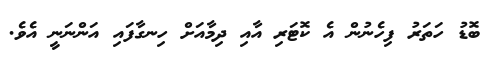
ބޮޑު ހަތަރު ފިހެނުން އެ ކޮޓަރި އާއި ދިމާއަށް ހިނގާފައި އަންނަނީ އެވެ.